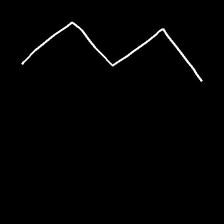
Glyph: crush